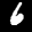
Label: 6